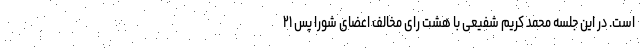
است. در این جلسه محمد کریم شفیعی با هشت رای مخالف اعضای شورا پس ۲۱